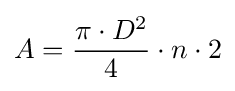
A={\frac {\pi \cdot D^{2}}{4}}\cdot n\cdot 2